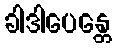
ခါဒါပေန္တေ